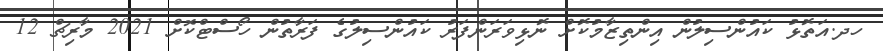
ހދ.އަތޮޅު ކައުންސިލުން އިންތިޒާމުކޮށް ނޮޅިވަރަންފަރު ކައުންސިލުގެ ފަރާތުން ހޯސްޓްކޮށް 2021 މާރިޗް 12